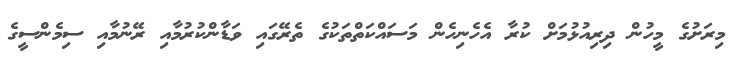
މިރަށުގެ މީހުން ދިރިއުޅުމަށް ކުރާ އެހެނިހެން މަސައްކަތްތަކުގެ ތެރޭގައި ވަޑާންކުރުމާއި ރޭނުމާއި ސިމެންސީގެ